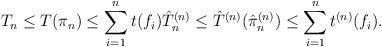
LaTeX: \begin{align*}T_n \leq T(\pi_n) \leq \sum_{i=1}^{n} t(f_i) \hat{T}^{(n)}_n \leq \hat{T}^{(n)}(\hat{\pi}^{(n)}_n) \leq \sum_{i=1}^{n}t^{(n)}(f_i).\end{align*}